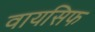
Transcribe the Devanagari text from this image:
वायसिफ